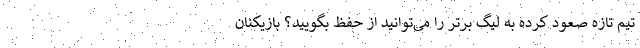
تیم تازه صعود کرده به لیگ برتر را می‌توانید از حفظ بگویید؟ بازیکنان